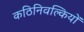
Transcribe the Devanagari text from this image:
कठिनिवल्कियों